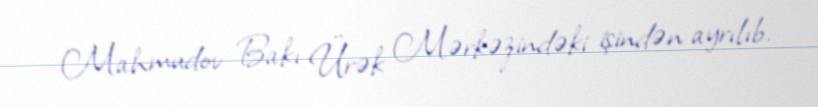
Mahmudov Bakı Ürək Mərkəzindəki işindən ayrılıb.